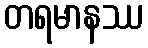
တရမာနဿ